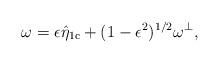
LaTeX: \begin{align*}\omega = \epsilon \hat{\eta}_{\mathrm{1c}}+(1-\epsilon^2)^{1/2}\omega^\perp,\end{align*}